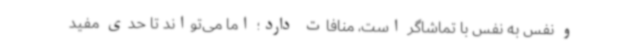
و نفس به نفس با تماشاگر است، منافات دارد؛ اما می‌تواند تا حدی مفید